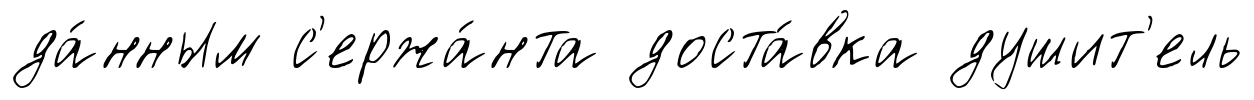
да́нным с'ержа́нта доста́вка душит'ель